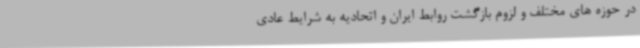
در حوزه های مختلف و لزوم بازگشت روابط ایران و اتحادیه به شرایط عادی